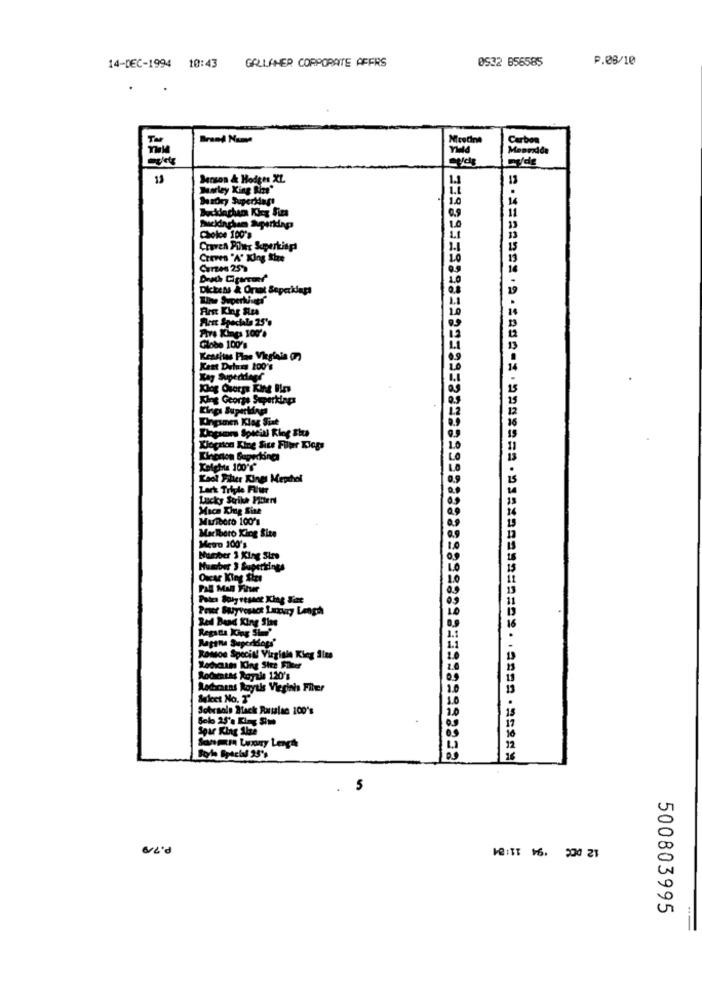
14-DEC-1994 10:43 GALLAHER CORPORATE AFFRS
0932 856585
P.08/10
Brand Name
Modne
Carbon
Mepride
13
Barson & Hodges XL
13
rley King Bize"
Sundry Superidag!
Choice 100's
Craven Piler Superkings
Craves "A" King the
Corzes 259
Dickens & Oraat Soperidapt
Une Supertives
Arnt King Size
Pest Speciala 25's
Pire Kings 100'.
Globe 100's
Kent Dufars 200's
Kay Superdenf
Kog Osorge Kint Bin
King George Superkings
Kings Superidyr
Onpanen Klag Sist
Kiogron King Sice Filter Kloge
Kingston Bupecking
Kolghts 100"f"
Kool Filter Kines Mepshol
Lark Triple Flur
Lucky Strike Poten
Mica Kig Sise
Muiboro 100's
Marlboro King Size
Meto 100's
Number 1 King Stre
Humber 3 Superkings
Oxcar King Size
PAR Man Fitur
Red Dead King Sias
Regatta King Sim
Rossoe Special Virginle King Size
Lodican IOng She Filter
Rocamatas Royale 120's
Aodrains Royals Vieginh Fiber
Baket No. T
Sobrsolo Mack Russlac 100's
Solo 25's Flyg Sim
Spar King Size
Sanmm Lepuy Length
9.70
MITT 16. 200 21
500803995